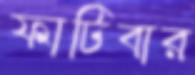
ফাটিবার